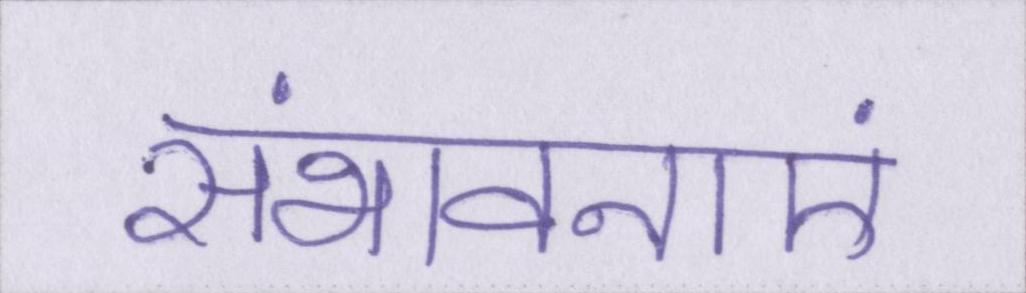
संभावनाएं